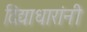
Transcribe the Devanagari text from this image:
दिद्याधारांनी